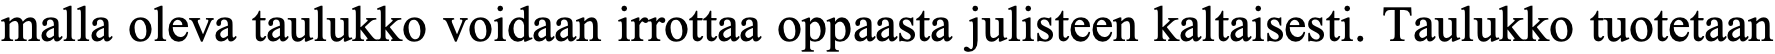
malla oleva taulukko voidaan irrottaa oppaasta julisteen kaltaisesti. Taulukko tuotetaan